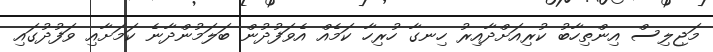
މަޖިލިސް އިންތިހާބު ކުރިއަށްދާއިރު ހިނގާ ހުރިހާ ކަމެއް އެވަފުދުން ބަލަމުންދާނެ ކަމަށާއި ވަފުދުގައި